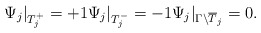
\begin{align*} \Psi_j|_{T_{j}^+} = +1 \Psi_j|_{T_{j}^-} = -1 \Psi_j|_{\Gamma \backslash\overline T_j} = 0.\end{align*}